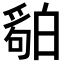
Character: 𬐏